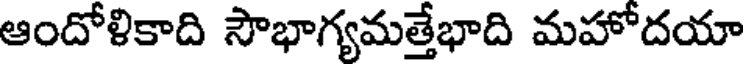
ఆందోళికాది సౌభాగ్యమత్తేభాది మహోదయా